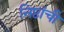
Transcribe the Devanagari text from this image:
निष्ठांची